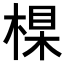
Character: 𣕱